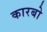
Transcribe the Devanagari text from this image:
कारबो